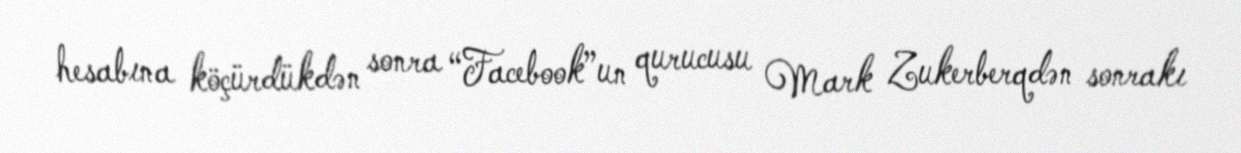
hesabına köçürdükdən sonra “Facebook”un qurucusu Mark Zukerberqdən sonrakı